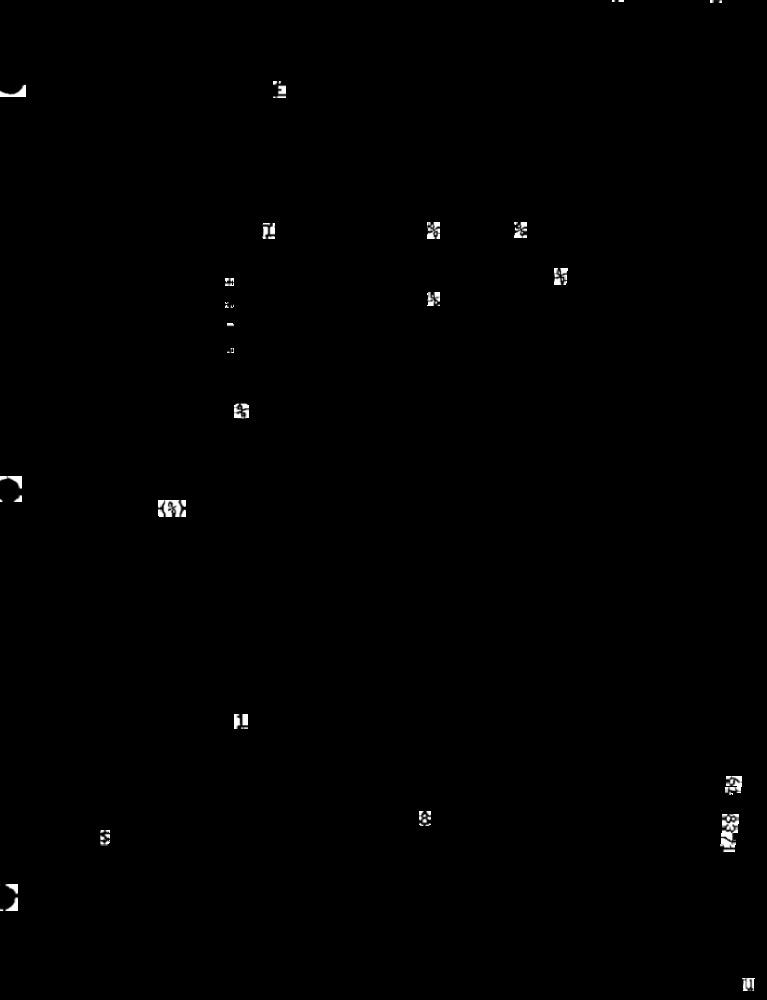
1